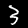
Digit: 3